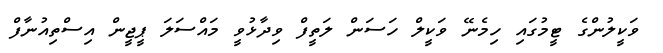
ވަކީލުންގެ ޓީމުގައި ހިމެނޭ ވަކީލް ހަސަން ލަތީފް ވިދާޅުވީ މައްސަލަ ޕީޖީން އިސްތިއުނާފް